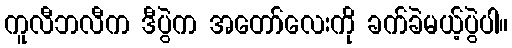
ကူလီဘလီက ဒီပွဲက အတော်လေးကို ခက်ခဲမယ့်ပွဲပါ။